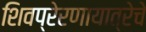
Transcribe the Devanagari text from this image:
शिवप्रेरणायात्रेचे